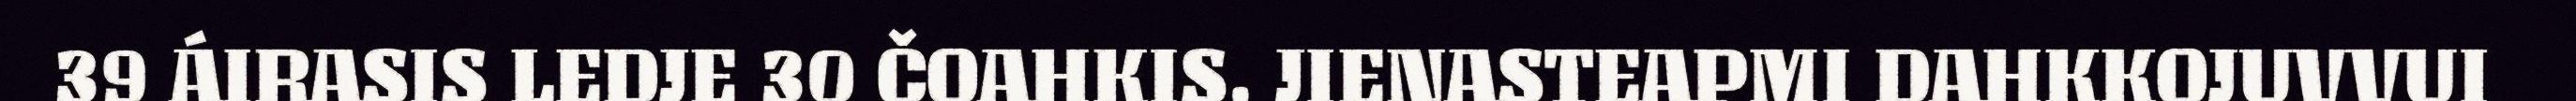
39 ÁIRASIS LEDJE 30 ČOAHKIS. JIENASTEAPMI DAHKKOJUVVUI